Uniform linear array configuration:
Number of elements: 16
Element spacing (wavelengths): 0.25
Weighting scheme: kaiser
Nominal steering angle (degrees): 45
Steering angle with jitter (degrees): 43.569
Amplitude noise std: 0.05
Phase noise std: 0.05

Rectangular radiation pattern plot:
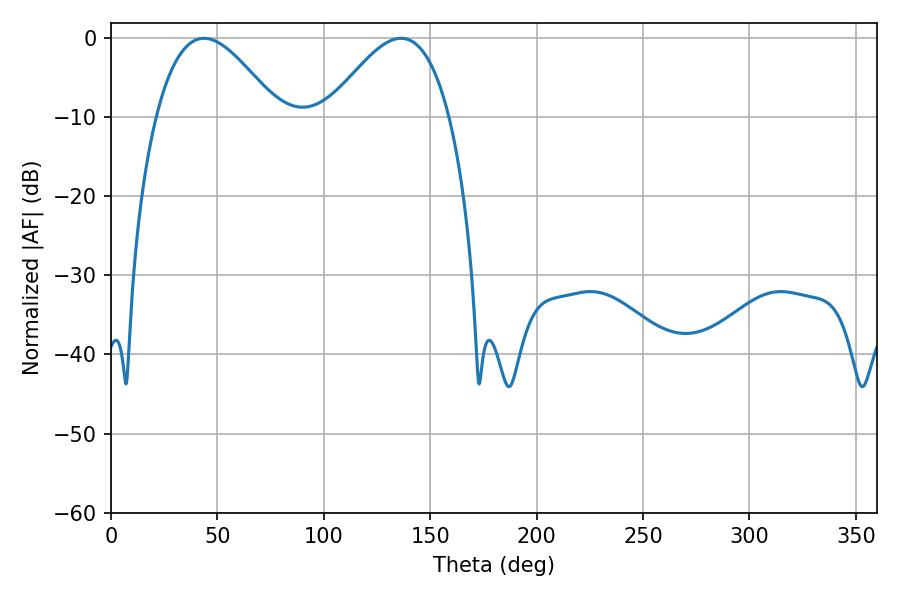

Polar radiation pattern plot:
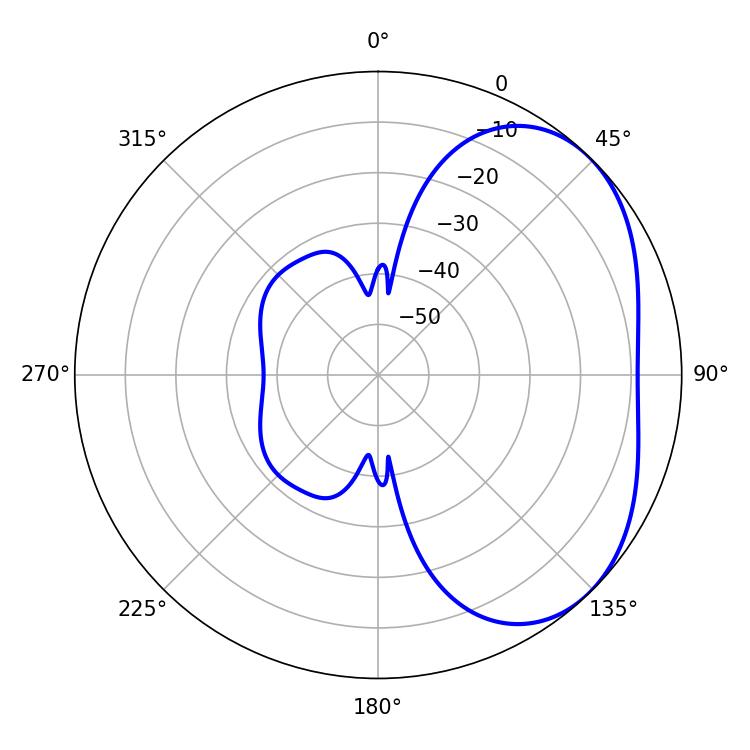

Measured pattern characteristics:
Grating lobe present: FALSE
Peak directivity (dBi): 3.541
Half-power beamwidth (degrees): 30.78
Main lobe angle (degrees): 43.74